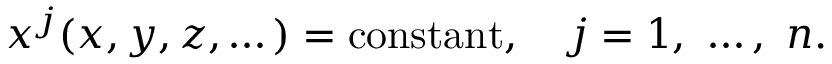
x ^ { j } ( x , y , z , \dots ) = \mathrm { c o n s t a n t } , \quad j = 1 , \ \dots , \ n .